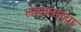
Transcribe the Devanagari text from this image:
लावालाव्या